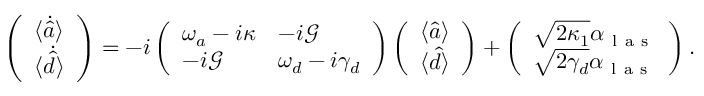
\left( \begin{array} { l } { \langle \dot { \hat { a } } \rangle } \\ { \langle \dot { \hat { d } } \rangle } \end{array} \right) = - i \left( \begin{array} { l l } { \omega _ { a } - i \kappa } & { - i \mathcal { G } } \\ { - i \mathcal { G } } & { \omega _ { d } - i \gamma _ { d } } \end{array} \right) \left( \begin{array} { l } { \langle { \hat { a } } \rangle } \\ { \langle { \hat { d } } \rangle } \end{array} \right) + \left( \begin{array} { l } { \sqrt { 2 \kappa _ { 1 } } \alpha _ { \mathrm { ~ l ~ a ~ s ~ } } } \\ { \sqrt { 2 \gamma _ { d } } \alpha _ { \mathrm { ~ l ~ a ~ s ~ } } } \end{array} \right) .